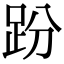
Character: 𧿚